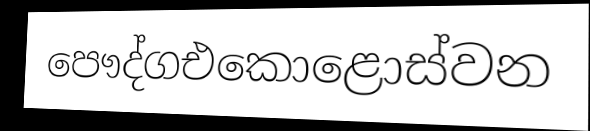
පෞද්ගඑකොළොස්වන